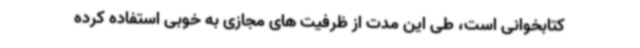
کتابخوانی است، طی این مدت از ظرفیت های مجازی به خوبی استفاده کرده